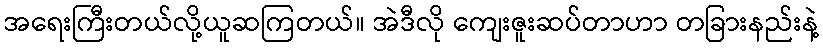
အရေးကြီးတယ်လို့ယူဆကြတယ်။ အဲဒီလို ကျေးဇူးဆပ်တာဟာ တခြားနည်းနဲ့